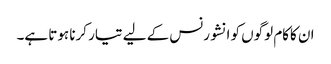
ان کاکام لوگوں کو انشورنس کے لیے تیار کرنا ہوتا ہے۔